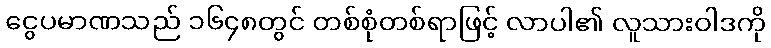
ငွေပမာဏသည် ၁၆၄၈တွင် တစ်စုံတစ်ရာဖြင့် လာပါ၏ လူသားဝါဒကို